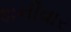
શનીવાર